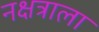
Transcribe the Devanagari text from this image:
नक्षत्राला